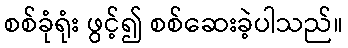
စစ်ခုံရုံး ဖွင့်၍ စစ်ဆေးခဲ့ပါသည်။